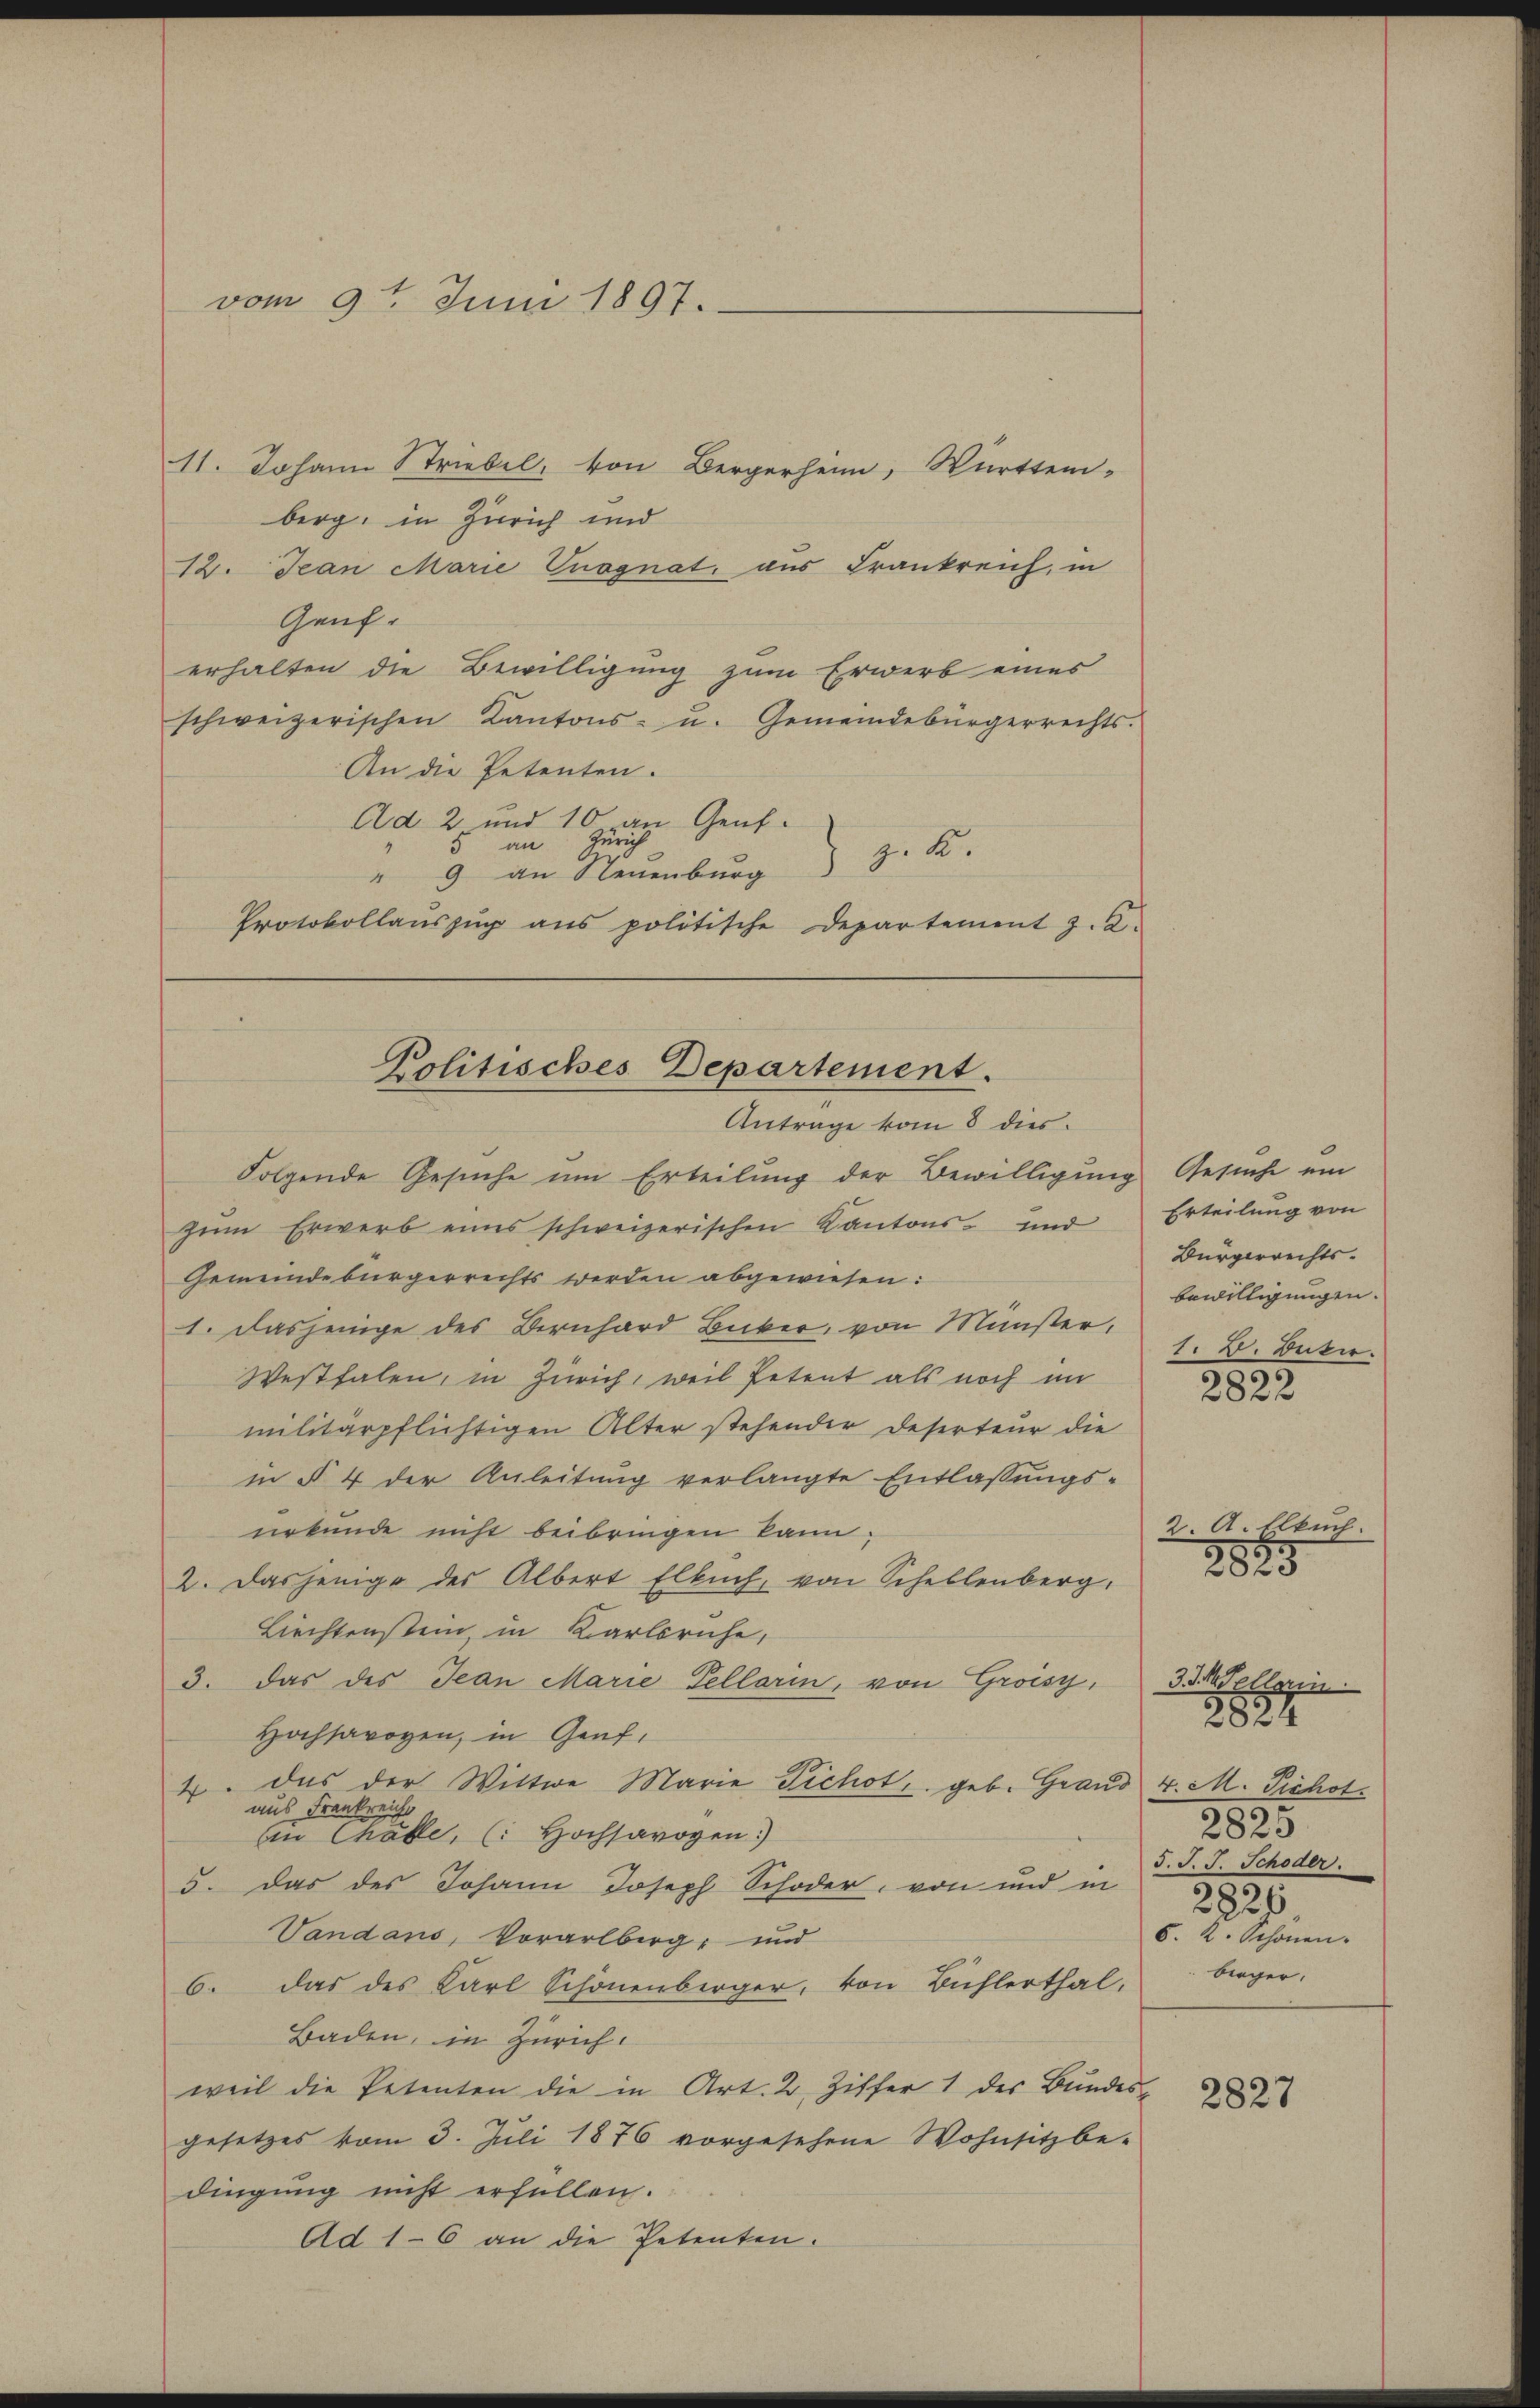
vom 9t Juni 1897.

11. Johann Striebel, von Bergerheim, Württem-
berg, in Zürich und
12. Jean Marie Pnognat, aus Frankreich, in
Gauf.
erhalten die Bewilligung zum Erwerb eines
schweizerischen Kantons- u. Gemeindebürgerrechts.
An die Petenten.
Ad 2. und 10 an Genf.
z. 6.
" 9 an Neuenburg
Protokollauszug aus politische Departement z. Z.

Politisches Departement.
Antrage vom 8 dies

Folgende Gesuche um Erteilung der Bewilligung Gesuche ein
zum Erwerb eines schweizerischen Kantons- und
Gemeindebürgerrechts werden abgewiesen:
1. Dasjenige des Bernhard Bicker, von Münster,
Westfalen, in Zürich, weil Petent als noch im
militärpflichtigen Alter stehender Deserteur die
in § 4 der Anleitung verlangte Entlassungs-
urkunde nicht beibringen kann;
2. Dasjenige des Albert Elbuch, von Schellenberg,
Liechtenstein in Karlsruhe,
3. Das des Jean Marie Tellarin, von Groisy,
Hochsavoyen, in Genf,
4. Das der Wittwe Marie Tichot, geb. Grand 4. M. Pichot
aus Frankreich,
an Thälle, (: Hochsavogen.)
5. Das des Johann Joseph Schöder, von und in d. d. J. Schöder.
Vandans, Vorarlberg, und
6. das des Karl Schönenberger, von Bühlerthal,
Baden, in Zürich.
weil die Petenten die in Art. 2 Ziffer 1 des Bundesgesetzes vom 3. Juli 1876 vorgesehene Wohnsitz be-
dingung nicht erfüllen.
Ad 1–6 an die Petenten.

Erteilung von
Bürgerrechtsbewilligungen.
1. V. Decker.
2822

2. A. Elkuch
2825
2826
6. K. Schönen.
berger.

2825

3. J. Mellerin.
2824

2827